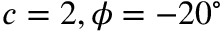
c = 2 , \phi = - 2 0 ^ { \circ }